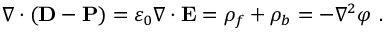
\nabla \cdot ( \mathbf { D } - \mathbf { P } ) = \varepsilon _ { 0 } \nabla \cdot \mathbf { E } = \rho _ { f } + \rho _ { b } = - \nabla ^ { 2 } \varphi \ .